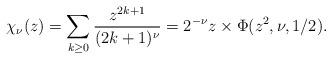
LaTeX: \begin{align*} \chi_{\nu}(z) & = \sum_{k \geq 0} \frac{z^{2k+1}}{(2k+1)^\nu} = 2^{-\nu} z \times \Phi(z^2, \nu, 1/2). \end{align*}